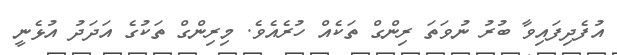
އުފެދިފައިވާ ބުރު ނުވަތަ ރިންގް ތަކެއް ހުރެއެވެ. މިރިންގް ތަކުގެ އަދަދު އުޅެނީ